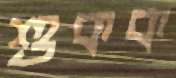
শুকক